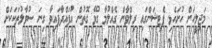
މަޖިލީހަށް ހުށަހެޅި ޕެޓިޝަންގައި ރިލްވާން ގެއްލުމާ ގުޅޭ ގޮތުން އުފައްދާފައިވާ ގިނަ ސުވާލުތަކަކަށް